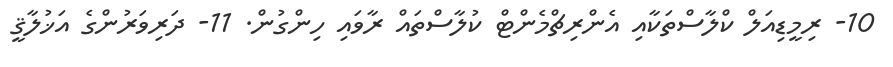
10- ރިމީޑިއަލް ކްލާސްތަކާއި އެންރިޗްމެންޓް ކުލާސްތައް ރާވައި ހިންގުން. 11- ދަރިވަރުންގެ އަޚުލާޤީ